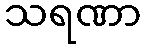
သရဏာ